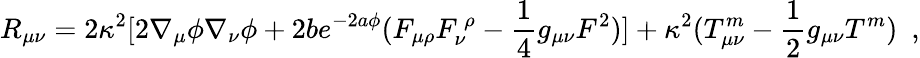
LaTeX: R_{\mu\nu}=2\kappa^{2}\lbrack 2\nabla_{\mu}\phi\nabla_{\nu}\phi+2be^{-2a\phi}(F_{\mu\rho}F_{\nu}^{~\rho}-\frac{1}{4}g_{\mu\nu}F^{2})\rbrack+\kappa^{2}(T_{\mu\nu}^{m}-\frac{1}{2}g_{\mu\nu}T^{m})~~,